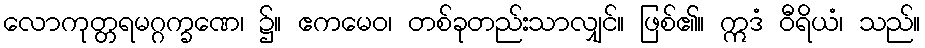
လောကုတ္တရမဂ္ဂက္ခဏေ၊ ၌။ ဧကမေဝ၊ တစ်ခုတည်းသာလျှင်။ ဖြစ်၏။ ဣဒံ ဝီရိယံ၊ သည်။